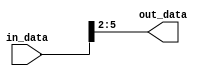
module part_select_assign (
    input [7:0] in_data,
    output [3:0] out_data
);

assign out_data = in_data[5:2];

endmodule